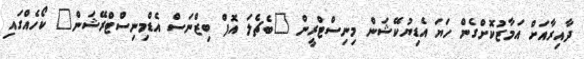
ދާއިރާއަށް އަމާޒުކޮށްގެން ހަޔަ އެޑިޔުކޭޝަން މިނިސްޓްރީން "ބެޗެލަ އޮފް ބިޒްނަސް އެޑްމިނިސްޓްރޭޝަން" ކޯހެއްގައި